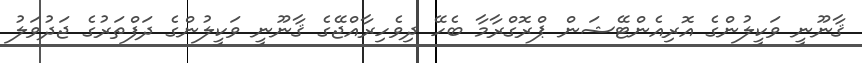
ޤާނޫނީ ވަކީލުންގެ އޮރިއެންޓޭޝަން ޕްރޮގްރާމާ ބެހޭ ދިވެހިރާއްޖޭގެ ޤާނޫނީ ވަކީލުންގެ ދަފްތަރުގެ ޖަދުވަލު